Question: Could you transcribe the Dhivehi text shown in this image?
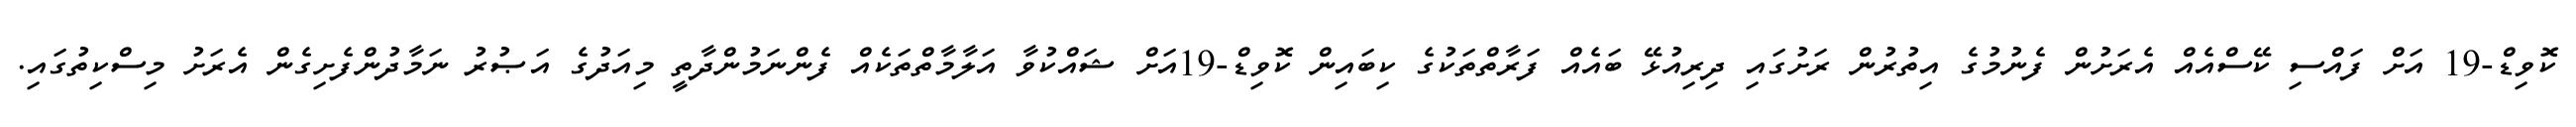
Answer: ކޮވިޑް-19 އަށް ފައްސި ކޭސްއެއް އެރަށުން ފެނުމުގެ އިތުރުން ރަށުގައި ދިރިއުޅޭ ބައެއް ފަރާތްތަކުގެ ކިބައިން ކޮވިޑް-19އަށް ޝައްކުވާ އަލާމާތްތަކެއް ފެންނަމުންދާތީ މިއަދުގެ އަޞުރު ނަމާދުންފެށިގެން އެރަށު މިސްކިތުގައި.